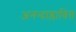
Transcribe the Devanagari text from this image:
अनन्दाप्लावित